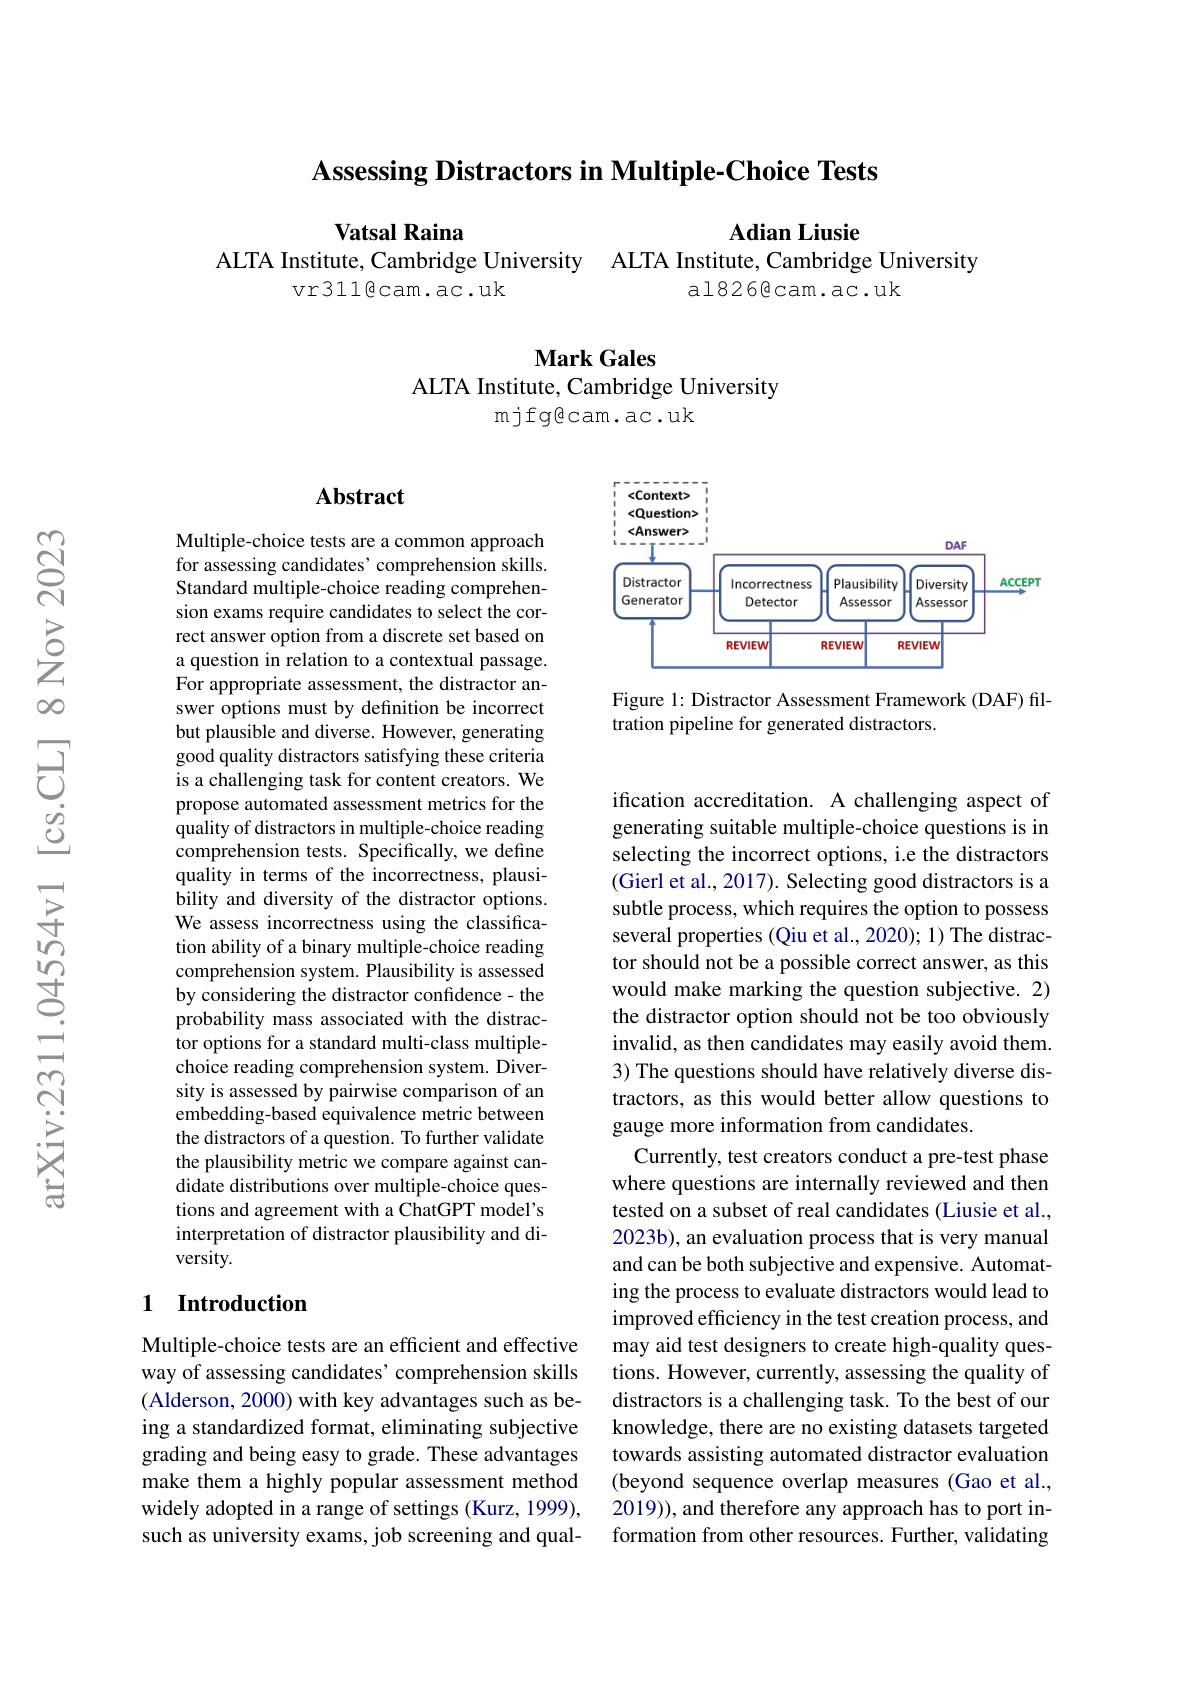
Assessing Distractors in Multiple-Choice Tests

Vatsal Raina

$\mathbf{Adian~Liusie}$

ALTA Institute, Cambridge University ALTA Institute, Cambridge University
vr311$\textcircled{\mathrm{cam.ac.uk}}$
al826@cam.ac.uk

$\mathbf{MarkGales}$

ALTA Institute, Cambridge University
mjfgêcam.ac.uk

## Abstract

<FigureHere>

Figure 1: Distractor Assessment Framework (DAF) fil-
tration pipeline for generated distractors.

Multiple-choice tests are a common approach for assessing candidates' comprehension skills. Standard multiple-choice reading comprehension exams require candidates to select the correct answer option from a discrete set based on a question in relation to a contextual passage. For appropriate assessment, the distractor answer options must by definition be incorrect but plausible and diverse. However, generating good quality distractors satisfying these criteria is a challenging task for content creators. We propose automated assessment metrics for the quality of distractors in multiple-choice reading comprehension tests. Specifically, we define quality in terms of the incorrectness, plausibility and diversity of the distractor options. We assess incorrectness using the classification ability of a binary multiple-choice reading comprehension system. Plausibility is assessed by considering the distractor confidence- the probability mass associated with the distractor options for a standard multi-class multiplechoice reading comprehension system. Diversity is assessed by pairwise comparison of an embedding-based equivalence metric between the distractors of a question. To further validate the plausibility metric we compare against candidate distributions over multiple-choice questions and agreement with a ChatGPT model's interpretation of distractor plausibility and diversity.

ification accreditation. A challenging aspect of generating suitable multiple-choice questions is in selecting the incorrect options, i.e the distractors (Gierl et al., 2017). Selecting good distractors is a subtle process, which requires the option to possess several properties (Qiu et al., 2020); 1) The distractor should not be a possible correct answer, as this would make marking the question subjective. 2) the distractor option should not be too obviously invalid, as then candidates may easily avoid them. 3) The questions should have relatively diverse distractors, as this would better allow questions to gauge more information from candidates.
Currently, test creators conduct a pre-test phase where questions are internally reviewed and then tested on a subset of real candidates (Liusie et al., 2023b), an evaluation process that is very manual and can be both subjective and expensive. Automating the process to evaluate distractors would lead to improved efficiency in the test creation process, and may aid test designers to create high-quality questions. However, currently, assessing the quality of distractors is a challenging task. To the best of our knowledge, there are no existing datasets targeted towards assisting automated distractor evaluation (beyond sequence overlap measures (Gao et al., 2019)), and therefore any approach has to port information from other resources. Further, validating

## 1 $\textbf{Introduction}$

Multiple-choice tests are an efficient and effective way of assessing candidates’ comprehension skills (Alderson, 2000) with key advantages such as being a standardized format, eliminating subjective grading and being easy to grade. These advantages make them a highly popular assessment method widely adopted in a range of settings (Kurz, 1999), such as university exams, job screening and qual-